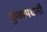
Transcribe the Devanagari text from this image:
कुळामधली